Burma Government Medical School reports 1923-41
Year: 1923
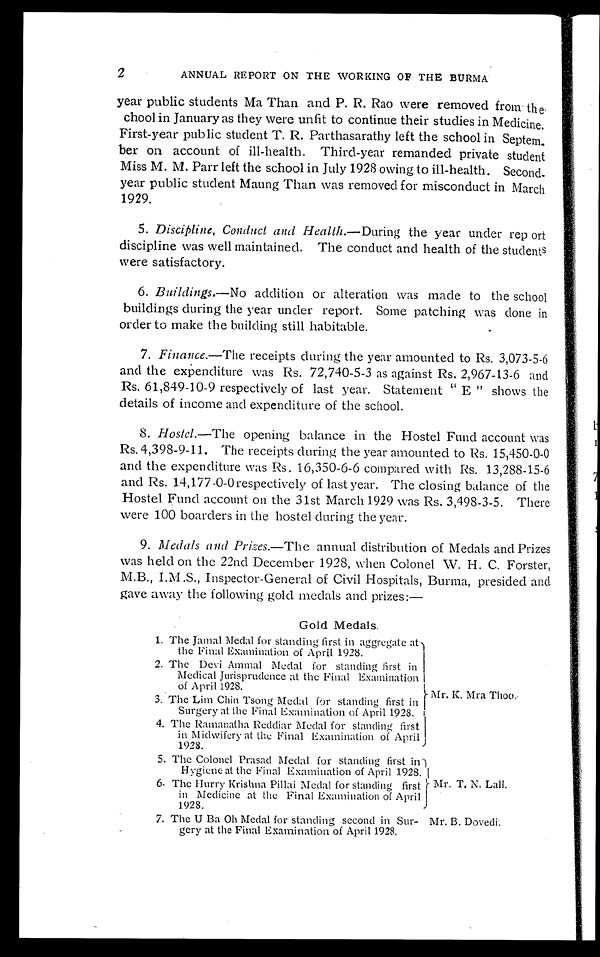
2
ANNUAL REPORT ON THE WORKING OF THE BURMA
year public students Ma Than and P. R. Rao were removed from the
chool in January as they were unfit to continue their studies in Medicine.
First-year public student T. R. Parthasarathy left the school in September
on account of ill-health. Third-year remanded private student
Miss M. M. Parr left the school in July 1928 owing to ill-health. Second
-year public student Maung Than was removed for misconduct in March
1929.
5. Discipline, Conduct and Health.— During the year under report
discipline was well maintained. The conduct and health of the students
were satisfactory.
6. Buildings.— No addition or alteration was made to the school
buildings during the year under report. Some patching was done in
order to make the building still habitable.
7. Finance.—The receipts during the year amounted to Rs. 3,073-5-6
and the expenditure was Rs. 72,740-5-3 as against Rs. 2,967-13-6 and
Rs. 61,849-10-9 respectively of last year. Statement " E " shows the
details of income and expenditure of the school.
8. Hostel.—The opening balance in the Hostel Fund account was
Rs. 4,398-9-11. The receipts during the year amounted to Rs. 15,450-0-0
and the expenditure was Rs. 16,350-6-6 compared with Rs. 13,288-15-6
and Rs. 14,177-0-0 respectively of last year. The closing balance of the
Hostel Fund account on the 31st March 1929 was Rs. 3,498-3-5. There
were 100 boarders in the hostel during the year.
9. Medals and Prizes.— The annual distribution of Medals and Prizes
was held on the 22nd December 1928, when Colonel W. H. C. Forster,
M.B., I.M.S., Inspector-General of Civil Hospitals, Burma, presided and
gave away the following gold medals and prizes:—
Gold Medals.
1. The Jamal Medal for standing first in aggregate at
the Final Examination of April 1928.
2. The Devi Ammal Medal for standing first in
Medical Jurisprudence at the Final Examination
of April 1928.
3. The Lim Chin Tsong Medal for standing first in
Surgery at the Final Examination of April 1928.
4. The Ramanatha Reddiar Medal for standing first
in Midwifery at the Final Examination of April
1928.
5. The Colonel Prasad Medal for standing first in
Hygiene at the Final Examination of April 1928.
6. The Hurry Krishna Pillai Medal for standing first
in Medicine at the Final Examination of April
1928.
Mr. K. Mra Thoo.
Mr. T. N. Lall.
7. The U Ba Oh Medal for standing second in Sur-
gery at the Final Examination of April 1928.
Mr. B. Dovedi.